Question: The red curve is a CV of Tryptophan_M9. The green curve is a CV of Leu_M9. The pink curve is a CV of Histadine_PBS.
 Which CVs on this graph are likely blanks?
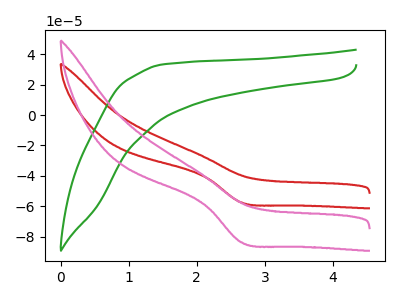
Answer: <think>The red curve "Tryptophan_M9" has a cathodic peak at: (2.65V, -57.45uA). The green curve "Leu_M9" has no peaks. The pink curve "Histadine_PBS" has a cathodic peak at: (2.65V, -83.60uA).</think>
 <answer>"Leu_M9" is likely to be a blank.</answer>
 <eval>Leu_M9</eval>